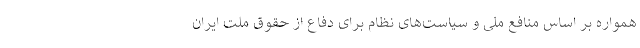
همواره بر اساس منافع ملی و سیاست‌های نظام برای دفاع از حقوق ملت ایران